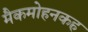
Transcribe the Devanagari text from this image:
मैकमोहनकह